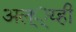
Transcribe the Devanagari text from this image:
अल््य्ही